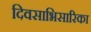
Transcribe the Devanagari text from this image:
दिवसाभिसारिका